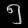
Digit: ၅